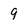
Character: 9